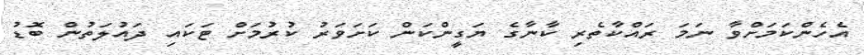
އެހެންކަމަށްވާ ނަމަ ރައްކާތެރި ކާނާގެ ޔަގީންކަން ކަށަވަރު ކުރުމަށް ޓަކައި ދައުލަތުން ބޮޑު